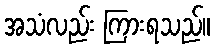
အသံလည်း ကြားရသည်။